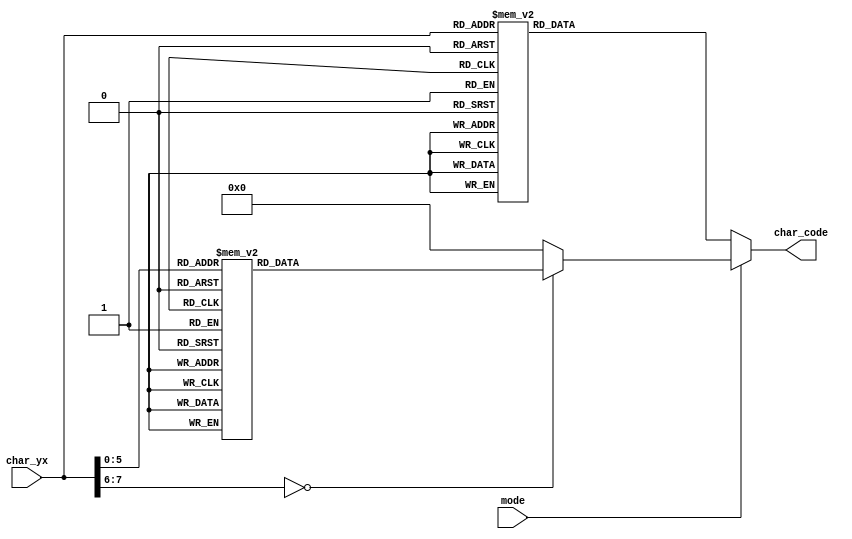
`timescale 1ns / 1ps
//////////////////////////////////////////////////////////////////////////////////
// Company: 
// Engineer: 
// 
// Design Name: 
// Module Name: char_rom_16x16
// Project Name: 
// Target Devices: 
// Tool Versions: 
// Description: 
// 
// Dependencies: 
// 
// Revision:
// Revision 0.01 - File Created
// Additional Comments:
// 
//////////////////////////////////////////////////////////////////////////////////


module char_rom_16x16
(
    input wire mode,
    input wire [7:0] char_yx,       //{char_y,char_x} - x(column), y(line)
    output wire [6:0] char_code
);
    
    localparam INSTRUCTIONS = 1'b0;
    localparam SUCCESS = 1'b1;
    
reg [6:0] char_code_nxt;    

assign char_code = char_code_nxt;  
    
always @* begin
   if  (mode == SUCCESS) begin
     case(char_yx)
       8'h0: char_code_nxt = 7'h43;		//C
       8'h1: char_code_nxt = 7'h6f;		//o
       8'h2: char_code_nxt = 7'h6e;		//n
       8'h3: char_code_nxt = 7'h67;		//g
       8'h4: char_code_nxt = 7'h72;		//r
       8'h5: char_code_nxt = 7'h61;		//a
       8'h6: char_code_nxt = 7'h74;		//t
       8'h7: char_code_nxt = 7'h75;		//u
       8'h8: char_code_nxt = 7'h6c;
       8'h9: char_code_nxt = 7'h61;
       8'hA: char_code_nxt = 7'h74;		//t
       8'hB: char_code_nxt = 7'h69;		//i
       8'hC: char_code_nxt = 7'h6f;
       8'hD: char_code_nxt = 7'h6e;
       8'hE: char_code_nxt = 7'h73;		//s
       8'hF: char_code_nxt = 7'h20;
       8'h10: char_code_nxt = 7'h20;
       8'h11: char_code_nxt = 7'h20;
       8'h12: char_code_nxt = 7'h2D;		//-
       8'h13: char_code_nxt = 7'h20;
       8'h14: char_code_nxt = 7'h20;
       8'h15: char_code_nxt = 7'h20;
       8'h16: char_code_nxt = 7'h79;		//y
       8'h17: char_code_nxt = 7'h6F;
       8'h18: char_code_nxt = 7'h75;
       8'h19: char_code_nxt = 7'h20;
       8'h1A: char_code_nxt = 7'h20;
       8'h1B: char_code_nxt = 7'h77;		//w
       8'h1C: char_code_nxt = 7'h6f;
       8'h1D: char_code_nxt = 7'h6e;
       8'h1E: char_code_nxt = 7'h13;		//!!
       8'h1F: char_code_nxt = 7'h20;
       8'h20: char_code_nxt = 7'h01;		// : )
       default: char_code_nxt = 7'h00;
       endcase
    end
    else begin          //localparam SUCCESS = 1'b1;    
     case(char_yx)
        8'h0: char_code_nxt = 7'h57;
        8'h1: char_code_nxt = 7'h65;
        8'h2: char_code_nxt = 7'h6C;
        8'h3: char_code_nxt = 7'h63;
        8'h4: char_code_nxt = 7'h6F;
        8'h5: char_code_nxt = 7'h6D;
        8'h6: char_code_nxt = 7'h65;
        8'h7: char_code_nxt = 7'h20;
        8'h8: char_code_nxt = 7'h74;
        8'h9: char_code_nxt = 7'h6F;
        8'hA: char_code_nxt = 7'h20;
        8'hB: char_code_nxt = 7'h74;
        8'hC: char_code_nxt = 7'h68;
        8'hD: char_code_nxt = 7'h65;
        8'hE: char_code_nxt = 7'h20;
        8'hF: char_code_nxt = 7'h20;
        8'h10: char_code_nxt = 7'h4C;
        8'h11: char_code_nxt = 7'h61;
        8'h12: char_code_nxt = 7'h62;
        8'h13: char_code_nxt = 7'h79;
        8'h14: char_code_nxt = 7'h72;
        8'h15: char_code_nxt = 7'h69;
        8'h16: char_code_nxt = 7'h6E;
        8'h17: char_code_nxt = 7'h74;
        8'h18: char_code_nxt = 7'h68;
        8'h19: char_code_nxt = 7'h21;
        8'h1A: char_code_nxt = 7'h20;
        8'h1B: char_code_nxt = 7'h47;
        8'h1C: char_code_nxt = 7'h65;
        8'h1D: char_code_nxt = 7'h74;
        8'h1E: char_code_nxt = 7'h20;
        8'h1F: char_code_nxt = 7'h20;
        8'h20: char_code_nxt = 7'h74;
        8'h21: char_code_nxt = 7'h6F;
        8'h22: char_code_nxt = 7'h20;
        8'h23: char_code_nxt = 7'h74;
        8'h24: char_code_nxt = 7'h68;
        8'h25: char_code_nxt = 7'h65;
        8'h26: char_code_nxt = 7'h20;
        8'h27: char_code_nxt = 7'h74;
        8'h28: char_code_nxt = 7'h68;
        8'h29: char_code_nxt = 7'h65;
        8'h2A: char_code_nxt = 7'h20;
        8'h2B: char_code_nxt = 7'h64;
        8'h2C: char_code_nxt = 7'h6F;
        8'h2D: char_code_nxt = 7'h6F;
        8'h2E: char_code_nxt = 7'h72;
        8'h2F: char_code_nxt = 7'h2C;
        8'h30: char_code_nxt = 7'h61;
        8'h31: char_code_nxt = 7'h76;
        8'h32: char_code_nxt = 7'h6F;
        8'h33: char_code_nxt = 7'h69;
        8'h34: char_code_nxt = 7'h64;
        8'h35: char_code_nxt = 7'h20;
        8'h36: char_code_nxt = 7'h63;
        8'h37: char_code_nxt = 7'h6F;
        8'h38: char_code_nxt = 7'h6C;
        8'h39: char_code_nxt = 7'h6C;
        8'h3A: char_code_nxt = 7'h69;
        8'h3B: char_code_nxt = 7'h73;
        8'h3C: char_code_nxt = 7'h69;
        8'h3D: char_code_nxt = 7'h6F;
        8'h3E: char_code_nxt = 7'h6E;
        8'h3F: char_code_nxt = 7'h73;
        8'h40: char_code_nxt = 7'h77;
        8'h41: char_code_nxt = 7'h69;
        8'h42: char_code_nxt = 7'h74;
        8'h43: char_code_nxt = 7'h68;
        8'h44: char_code_nxt = 7'h20;
        8'h45: char_code_nxt = 7'h74;
        8'h46: char_code_nxt = 7'h68;
        8'h47: char_code_nxt = 7'h65;
        8'h48: char_code_nxt = 7'h20;
        8'h49: char_code_nxt = 7'h64;
        8'h4A: char_code_nxt = 7'h79;
        8'h4B: char_code_nxt = 7'h6E;
        8'h4C: char_code_nxt = 7'h61;
        8'h4D: char_code_nxt = 7'h6D;
        8'h4E: char_code_nxt = 7'h69;
        8'h4F: char_code_nxt = 7'h63;
        8'h50: char_code_nxt = 7'h6F;
        8'h51: char_code_nxt = 7'h62;
        8'h52: char_code_nxt = 7'h73;
        8'h53: char_code_nxt = 7'h74;
        8'h54: char_code_nxt = 7'h61;
        8'h55: char_code_nxt = 7'h63;
        8'h56: char_code_nxt = 7'h6C;
        8'h57: char_code_nxt = 7'h65;
        8'h58: char_code_nxt = 7'h73;
        8'h59: char_code_nxt = 7'h20;
        8'h5A: char_code_nxt = 7'h61;
        8'h5B: char_code_nxt = 7'h6E;
        8'h5C: char_code_nxt = 7'h64;
        8'h5D: char_code_nxt = 7'h20;
        8'h5E: char_code_nxt = 7'h20;
        8'h5F: char_code_nxt = 7'h20;
        8'h60: char_code_nxt = 7'h63;
        8'h61: char_code_nxt = 7'h6F;
        8'h62: char_code_nxt = 7'h6E;
        8'h63: char_code_nxt = 7'h74;
        8'h64: char_code_nxt = 7'h72;
        8'h65: char_code_nxt = 7'h6F;
        8'h66: char_code_nxt = 7'h6C;
        8'h67: char_code_nxt = 7'h20;
        8'h68: char_code_nxt = 7'h74;
        8'h69: char_code_nxt = 7'h68;
        8'h6A: char_code_nxt = 7'h65;
        8'h6B: char_code_nxt = 7'h20;
        8'h6C: char_code_nxt = 7'h75;
        8'h6D: char_code_nxt = 7'h73;
        8'h6E: char_code_nxt = 7'h65;
        8'h6F: char_code_nxt = 7'h72;
        8'h70: char_code_nxt = 7'h77;
        8'h71: char_code_nxt = 7'h69;
        8'h72: char_code_nxt = 7'h74;
        8'h73: char_code_nxt = 7'h68;
        8'h74: char_code_nxt = 7'h20;
        8'h75: char_code_nxt = 7'h74;
        8'h76: char_code_nxt = 7'h68;
        8'h77: char_code_nxt = 7'h65;
        8'h78: char_code_nxt = 7'h20;
        8'h79: char_code_nxt = 7'h46;
        8'h7A: char_code_nxt = 7'h50;
        8'h7B: char_code_nxt = 7'h47;
        8'h7C: char_code_nxt = 7'h41;
        8'h7D: char_code_nxt = 7'h20;
        8'h7E: char_code_nxt = 7'h20;
        8'h7F: char_code_nxt = 7'h20;
        8'h80: char_code_nxt = 7'h62;
        8'h81: char_code_nxt = 7'h6F;
        8'h82: char_code_nxt = 7'h61;
        8'h83: char_code_nxt = 7'h72;
        8'h84: char_code_nxt = 7'h64;
        8'h85: char_code_nxt = 7'h20;
        8'h86: char_code_nxt = 7'h62;
        8'h87: char_code_nxt = 7'h75;
        8'h88: char_code_nxt = 7'h74;
        8'h89: char_code_nxt = 7'h74;
        8'h8A: char_code_nxt = 7'h6F;
        8'h8B: char_code_nxt = 7'h6E;
        8'h8C: char_code_nxt = 7'h73;
        8'h8D: char_code_nxt = 7'h2E;
        8'h8E: char_code_nxt = 7'h20;
        8'h8F: char_code_nxt = 7'h20;
        8'h90: char_code_nxt = 7'h47;
        8'h91: char_code_nxt = 7'h6F;
        8'h92: char_code_nxt = 7'h6F;
        8'h93: char_code_nxt = 7'h64;
        8'h94: char_code_nxt = 7'h20;
        8'h95: char_code_nxt = 7'h6C;
        8'h96: char_code_nxt = 7'h75;
        8'h97: char_code_nxt = 7'h63;
        8'h98: char_code_nxt = 7'h6B;
        8'h99: char_code_nxt = 7'h21;
        8'h9A: char_code_nxt = 7'h20;
        8'h9B: char_code_nxt = 7'h49;
        8'h9C: char_code_nxt = 7'h66;
        8'h9D: char_code_nxt = 7'h20;
        8'h9E: char_code_nxt = 7'h20;
        8'h9F: char_code_nxt = 7'h20;
        8'hA0: char_code_nxt = 7'h79;
        8'hA1: char_code_nxt = 7'h6F;
        8'hA2: char_code_nxt = 7'h75;
        8'hA3: char_code_nxt = 7'h20;
        8'hA4: char_code_nxt = 7'h73;
        8'hA5: char_code_nxt = 7'h75;
        8'hA6: char_code_nxt = 7'h63;
        8'hA7: char_code_nxt = 7'h63;
        8'hA8: char_code_nxt = 7'h65;
        8'hA9: char_code_nxt = 7'h65;
        8'hAA: char_code_nxt = 7'h64;
        8'hAB: char_code_nxt = 7'h2C;
        8'hAC: char_code_nxt = 7'h20;
        8'hAD: char_code_nxt = 7'h79;
        8'hAE: char_code_nxt = 7'h6F;
        8'hAF: char_code_nxt = 7'h75;
        8'hB0: char_code_nxt = 7'h63;
        8'hB1: char_code_nxt = 7'h61;
        8'hB2: char_code_nxt = 7'h6E;
        8'hB3: char_code_nxt = 7'h20;
        8'hB4: char_code_nxt = 7'h72;
        8'hB5: char_code_nxt = 7'h65;
        8'hB6: char_code_nxt = 7'h73;
        8'hB7: char_code_nxt = 7'h74;
        8'hB8: char_code_nxt = 7'h61;
        8'hB9: char_code_nxt = 7'h72;
        8'hBA: char_code_nxt = 7'h74;
        8'hBB: char_code_nxt = 7'h20;
        8'hBC: char_code_nxt = 7'h74;
        8'hBD: char_code_nxt = 7'h68;
        8'hBE: char_code_nxt = 7'h65;
        8'hBF: char_code_nxt = 7'h20;
        8'hC0: char_code_nxt = 7'h67;
        8'hC1: char_code_nxt = 7'h61;
        8'hC2: char_code_nxt = 7'h6D;
        8'hC3: char_code_nxt = 7'h65;
        8'hC4: char_code_nxt = 7'h20;
        8'hC5: char_code_nxt = 7'h62;
        8'hC6: char_code_nxt = 7'h79;
        8'hC7: char_code_nxt = 7'h20;
        8'hC8: char_code_nxt = 7'h6C;
        8'hC9: char_code_nxt = 7'h65;
        8'hCA: char_code_nxt = 7'h66;
        8'hCB: char_code_nxt = 7'h74;
        8'hCC: char_code_nxt = 7'h2D;
        8'hCD: char_code_nxt = 7'h20;
        8'hCE: char_code_nxt = 7'h20;
        8'hCF: char_code_nxt = 7'h20;
        8'hD0: char_code_nxt = 7'h63;
        8'hD1: char_code_nxt = 7'h6C;
        8'hD2: char_code_nxt = 7'h69;
        8'hD3: char_code_nxt = 7'h63;
        8'hD4: char_code_nxt = 7'h6B;
        8'hD5: char_code_nxt = 7'h69;
        8'hD6: char_code_nxt = 7'h6E;
        8'hD7: char_code_nxt = 7'h67;
        8'hD8: char_code_nxt = 7'h20;
        8'hD9: char_code_nxt = 7'h69;
        8'hDA: char_code_nxt = 7'h6E;
        8'hDB: char_code_nxt = 7'h20;
        8'hDC: char_code_nxt = 7'h74;
        8'hDD: char_code_nxt = 7'h68;
        8'hDE: char_code_nxt = 7'h65;
        8'hDF: char_code_nxt = 7'h20;
        8'hE0: char_code_nxt = 7'h62;
        8'hE1: char_code_nxt = 7'h6C;
        8'hE2: char_code_nxt = 7'h61;
        8'hE3: char_code_nxt = 7'h63;
        8'hE4: char_code_nxt = 7'h6B;
        8'hE5: char_code_nxt = 7'h20;
        8'hE6: char_code_nxt = 7'h62;
        8'hE7: char_code_nxt = 7'h6F;
        8'hE8: char_code_nxt = 7'h78;
        8'hE9: char_code_nxt = 7'h20;
        8'hEA: char_code_nxt = 7'h74;
        8'hEB: char_code_nxt = 7'h68;
        8'hEC: char_code_nxt = 7'h61;
        8'hED: char_code_nxt = 7'h74;
        8'hEE: char_code_nxt = 7'h20;
        8'hEF: char_code_nxt = 7'h20;
        8'hF0: char_code_nxt = 7'h77;
        8'hF1: char_code_nxt = 7'h69;
        8'hF2: char_code_nxt = 7'h6C;
        8'hF3: char_code_nxt = 7'h6C;
        8'hF4: char_code_nxt = 7'h20;
        8'hF5: char_code_nxt = 7'h61;
        8'hF6: char_code_nxt = 7'h70;
        8'hF7: char_code_nxt = 7'h70;
        8'hF8: char_code_nxt = 7'h65;
        8'hF9: char_code_nxt = 7'h61;
        8'hFA: char_code_nxt = 7'h72;
        8'hFB: char_code_nxt = 7'h2E;
        8'hFC: char_code_nxt = 7'h2E;
        8'hFD: char_code_nxt = 7'h34;
        8'hFE: char_code_nxt = 7'h35;
        8'hFF: char_code_nxt = 7'h36;
        default: char_code_nxt = 7'h00;
     endcase
   end
end    
    
endmodule